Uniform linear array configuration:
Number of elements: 4
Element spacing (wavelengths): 0.5
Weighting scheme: hamming
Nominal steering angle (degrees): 60
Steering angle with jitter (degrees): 59.105
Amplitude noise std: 0.05
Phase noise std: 0.05

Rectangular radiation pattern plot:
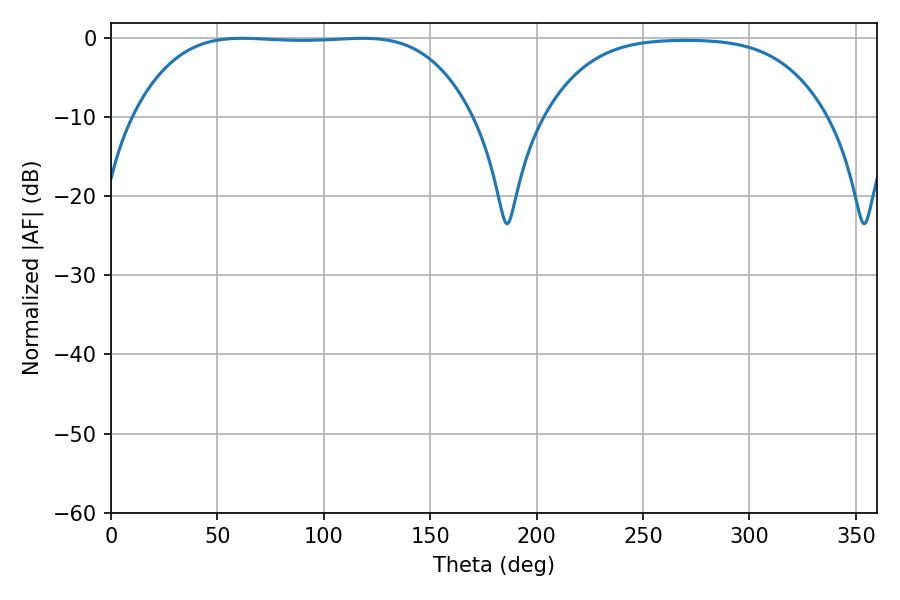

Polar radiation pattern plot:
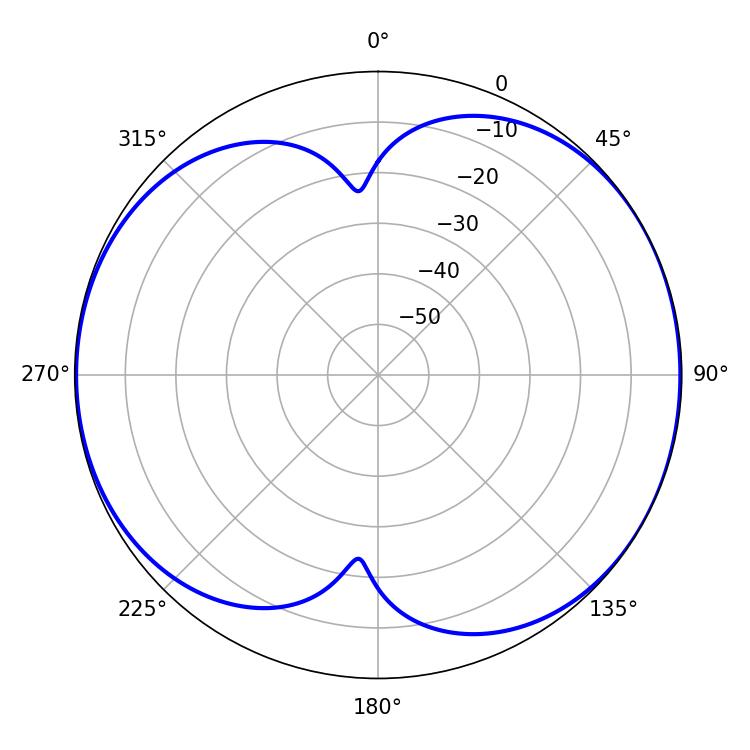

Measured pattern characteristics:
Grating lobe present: FALSE
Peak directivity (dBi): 7.05
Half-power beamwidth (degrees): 122.76
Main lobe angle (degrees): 61.56